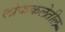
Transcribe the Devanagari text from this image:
लोककलेतील